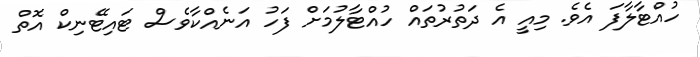
ހުއްޓާލާފަ އެވެ. މިއީ އެ ދަތުރުތައް ހުއްޓާލުމަށް ފަހު އަނެއްކާވެސް ޓައިޓޭނިކް އޮތް